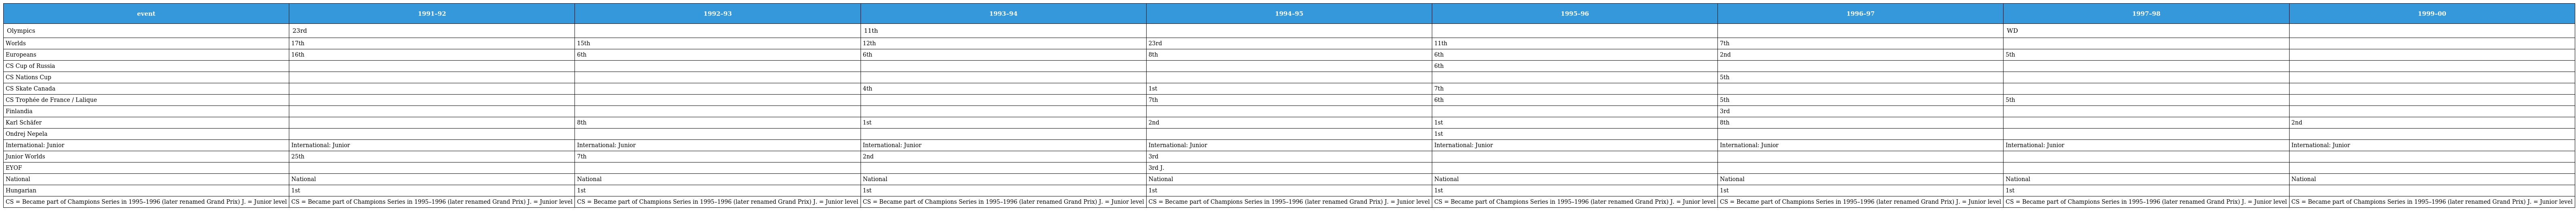
| event | 1991–92 | 1992–93 | 1993–94 | 1994–95 | 1995–96 | 1996–97 | 1997–98 | 1999–00 |
 | --- | --- | --- | --- | --- | --- | --- | --- | --- |
 | Olympics | 23rd |  | 11th |  |  |  | WD |  |
 | Worlds | 17th | 15th | 12th | 23rd | 11th | 7th |  |  |
 | Europeans | 16th | 6th | 6th | 8th | 6th | 2nd | 5th |  |
 | CS Cup of Russia |  |  |  |  | 6th |  |  |  |
 | CS Nations Cup |  |  |  |  |  | 5th |  |  |
 | CS Skate Canada |  |  | 4th | 1st | 7th |  |  |  |
 | CS Trophée de France / Lalique |  |  |  | 7th | 6th | 5th | 5th |  |
 | Finlandia |  |  |  |  |  | 3rd |  |  |
 | Karl Schäfer |  | 8th | 1st | 2nd | 1st | 8th |  | 2nd |
 | Ondrej Nepela |  |  |  |  | 1st |  |  |  |
 | International: Junior | International: Junior | International: Junior | International: Junior | International: Junior | International: Junior | International: Junior | International: Junior | International: Junior |
 | Junior Worlds | 25th | 7th | 2nd | 3rd |  |  |  |  |
 | EYOF |  |  |  | 3rd J. |  |  |  |  |
 | National | National | National | National | National | National | National | National | National |
 | Hungarian | 1st | 1st | 1st | 1st | 1st | 1st | 1st |  |
 | CS = Became part of Champions Series in 1995–1996 (later renamed Grand Prix) J. = Junior level | CS = Became part of Champions Series in 1995–1996 (later renamed Grand Prix) J. = Junior level | CS = Became part of Champions Series in 1995–1996 (later renamed Grand Prix) J. = Junior level | CS = Became part of Champions Series in 1995–1996 (later renamed Grand Prix) J. = Junior level | CS = Became part of Champions Series in 1995–1996 (later renamed Grand Prix) J. = Junior level | CS = Became part of Champions Series in 1995–1996 (later renamed Grand Prix) J. = Junior level | CS = Became part of Champions Series in 1995–1996 (later renamed Grand Prix) J. = Junior level | CS = Became part of Champions Series in 1995–1996 (later renamed Grand Prix) J. = Junior level | CS = Became part of Champions Series in 1995–1996 (later renamed Grand Prix) J. = Junior level |